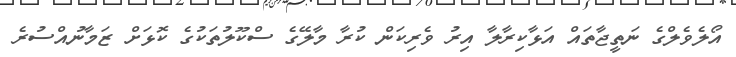
އޯލެވެލްގެ ނަތީޖާތައް އަޅާކިރާލާ އިރު ވެރިކަން ކުރާ މާލޭގެ ސްކޫލުތަކުގެ ކޮޅަށް ޒަމާނުއްސުރެ